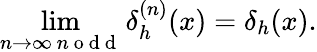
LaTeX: \operatorname*{lim}_{\substack{n\rightarrow\infty\, n\mathrm{~o~d~d~}}}\delta_{h}^{(n)}(x)=\delta_{h}(x).